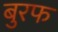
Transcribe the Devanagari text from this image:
बुरफ